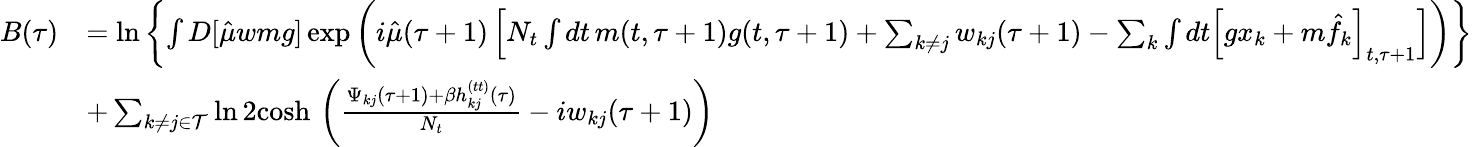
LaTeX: \begin{array}{rl}{B(\tau)}&{=\ln\left\{ \int D[\hat{\mu}wmg]\exp\left(i\hat{\mu}(\tau+1)\left[N_{t}\int dt\, m(t,\tau+1)g(t,\tau+1)+\sum_{k\neq j}w_{kj}(\tau+1)-\sum_{k}\int dt\Big[gx_{k}+m\hat{f}_{k}\Big]_{t,\tau+1}\right]\right)\right\} }\\ &{+\sum_{k\neq j\in\mathcal{T}}\ln 2\mathrm{cosh}\, \left(\frac{\Psi_{kj}(\tau+1)+\beta h_{kj}^{(tt)}(\tau)}{N_{t}}-iw_{kj}(\tau+1)\right)}\end{array}